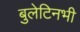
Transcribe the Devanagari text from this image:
बुलेटिनभी